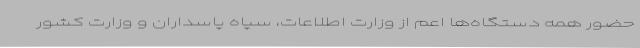
حضور همه دستگاه‌ها اعم از وزارت اطلاعات، سپاه پاسداران و وزارت کشور